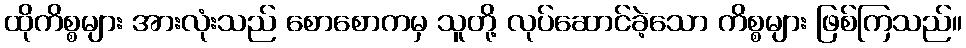
ထိုကိစ္စများ အားလုံးသည် စောစောကမှ သူတို့ လုပ်ဆောင်ခဲ့သော ကိစ္စများ ဖြစ်ကြသည်။